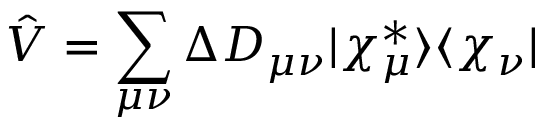
\hat { V } = \sum _ { \mu \nu } \Delta D _ { \mu \nu } | \chi _ { \mu } ^ { * } \rangle \langle \chi _ { \nu } |